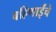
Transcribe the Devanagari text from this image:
बहिणाईंचे